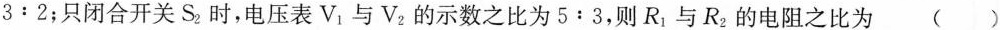
$$3:2$$；只闭合开关S_{2}时，电压表V_{1}与V_{2}的示数之比为$$5:3$$，则R_{1}与R_{2}的电阻之比为()